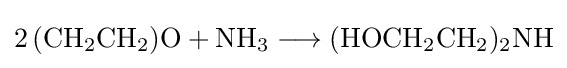
{2\,(\mathrm {CH} {\vphantom {A}}_{\smash[{t}]{2}}\mathrm {CH} {\vphantom {A}}_{\smash[{t}]{2}})\mathrm {O} {}+{}\mathrm {NH} {\vphantom {A}}_{\smash[{t}]{3}}{}\mathrel {\longrightarrow } {}(\mathrm {HOCH} {\vphantom {A}}_{\smash[{t}]{2}}\mathrm {CH} {\vphantom {A}}_{\smash[{t}]{2}}){\vphantom {A}}_{\smash[{t}]{2}}\mathrm {NH} }